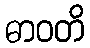
ဓာဝတိ